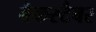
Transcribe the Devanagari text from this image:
बैकस्टैबर